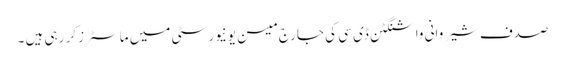
صدف شیروانی واشنگٹن ڈی سی کی جارج میسن یونیورسٹی میں ماسٹرز کر رہی ہیں ۔